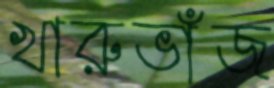
খারুভাঁজ